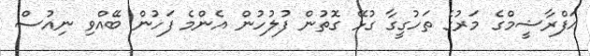
އަފްރާޝީމްގެ މަރުގެ ތަހުގީގާ ގުޅޭ ގޮތުން ފުލުހުން އެންމެ ފަހުން ބޭއްވި ނިއުސް